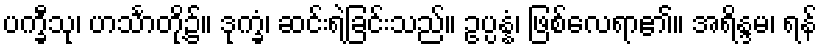
ပက္ခီသု၊ ဟင်္သာတို့၌။ ဒုက္ခံ၊ ဆင်းရဲခြင်းသည်။ ဥပ္ပန္နံ၊ ဖြစ်လေရာ၏။ အရိန္ဒမ၊ ရန်